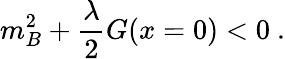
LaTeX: m_{B}^{2}+\frac{\lambda}{2}G(x=0)<0\ .